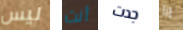
ليس أنت جدت انا